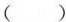
( )